Kassari_(Keina)_vallavalitsus, lk 68
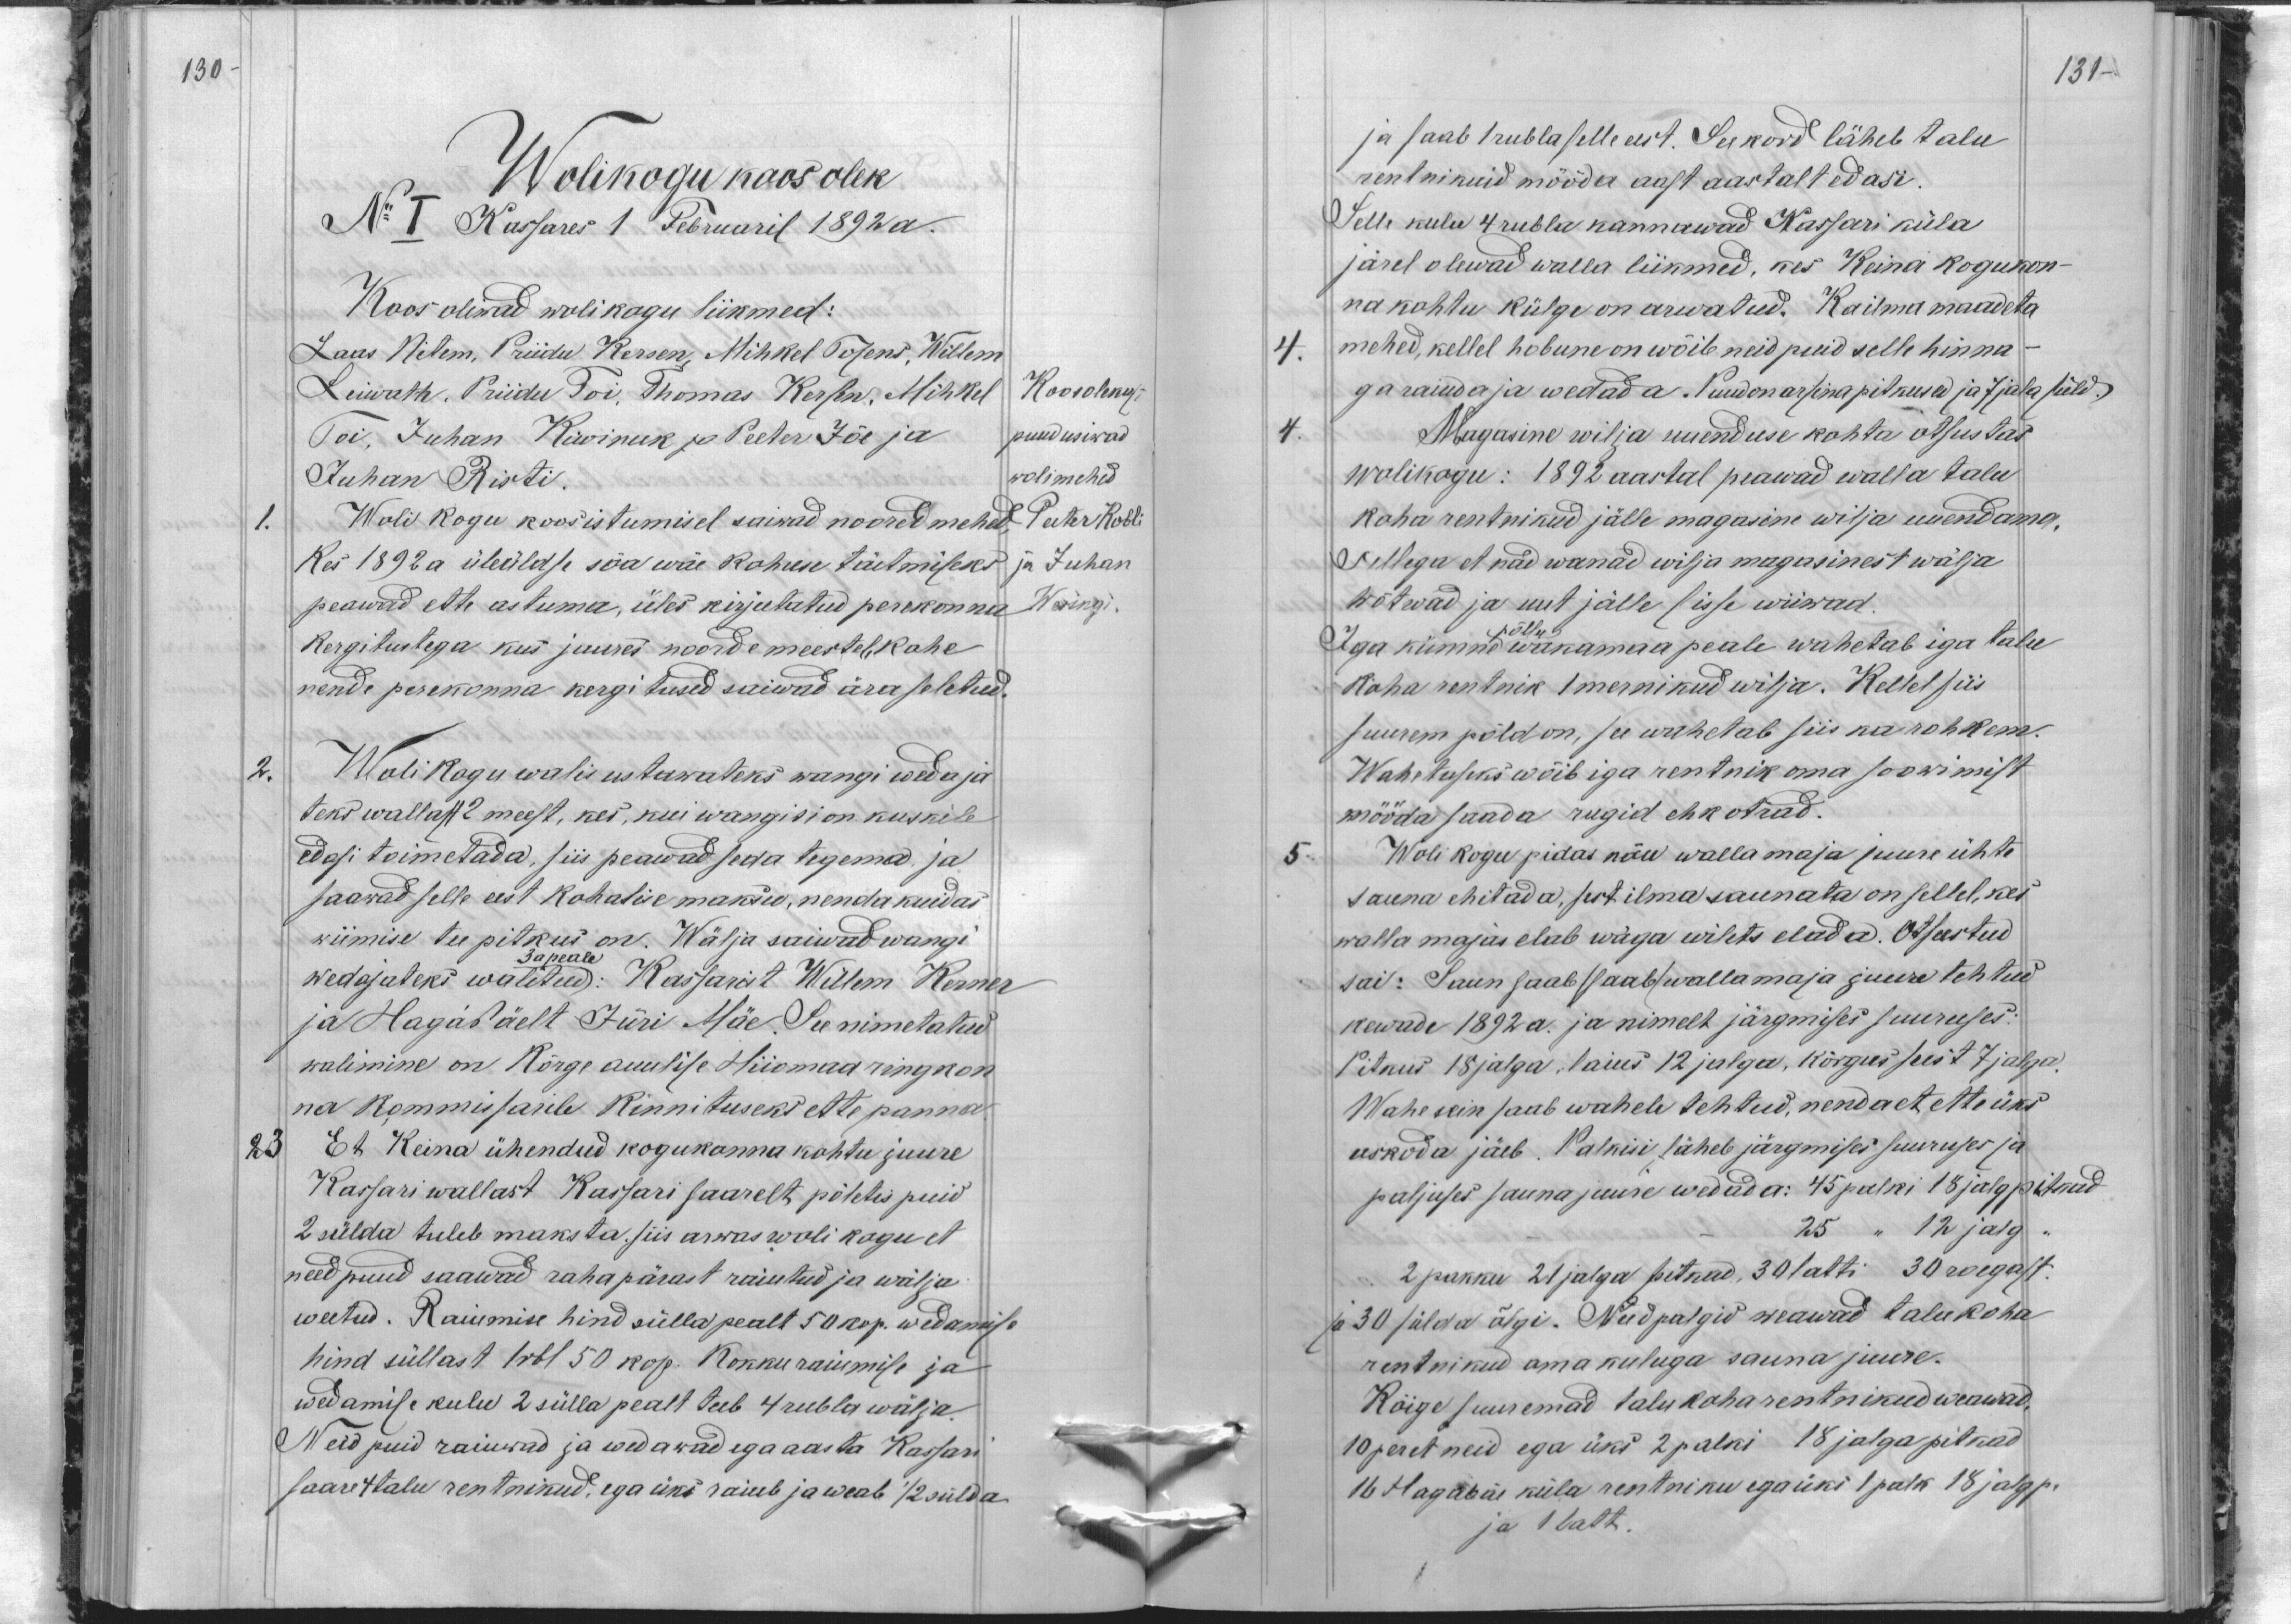
130
Wolikogu koosolek
No I Kassares 1 Februaril 1892 a.
Koos oliwad wolikogu liikmed:
Laas Nitem, Priidu Kersen, Mihkel Tosens, Willem
Leiwath, Priidu Toi, Thomas Kersen, Mihkel
Toi, Juhan Kiwinuk ja Peeter Jõe ja
Juhan Risti.
1.
Woli kogu koosistumisel saiwad noored mehed
kes 1892 a üleüldse sõa wäe kohuse täetmiseks
peawad ette astuma, üles kirjutatud perekonna
kergitustega kus juures noorde meestel kohe
nende perekonna kergitused saiwad ära seletud.
2.
Wolikogu walis ustawateks wangi wedaja
teks wallast 2 meest, kes, kui wangisi on kuskile
edasi toimetada, siis peawad seda tegema ja
saawad selle eest kohatise maksu, nenda kuidas
wiimise tee pitkus on. Wälja saiwad wangi
3 a peale
wedajateks walitud: Kassarist Willem Kerner
ja Hagabäelt Jüri Mäe. See nimetatud
walimine on Kõrge auulise Hiiomaa ringkon-
na kommissarile kinnituseks ette panna.
23
Et Keina ühendud kogukonna kohtu juure
Kassari wallast Kassari saarelt põletis puid
2 sülda tuleb maksta. siis arwas woli kogu et
need puud saawad raha pärast raiutud ja wälja
weetud. Raiumise hind sülla pealt 50 kop. wedamise
hind süllast 1 rbl 50 kop. Kokku raiumise ja
wedamise kulu 2 sülla pealt teeb 4 rubla wälja
Neid puid raiuwad ja wedawad ega aasta Kassari
saare 4 talu rentnikud, ega üks raiub ja weab 1/2 sülda

Koosoleku
puudusiwad
wolimehed
Peeter Kobli
ja Juhan
Wesingi.

131-
ja saab 1 rubla selle eest. Seekord läheb talu
rentnikuid mööda aast aastalt edasi.
Selle kulu 4 rubla kannawad Kassari küla
järel olewad walla liikmed, kes Keina kogukon-
na kohtu külge on arwatud. Ka ilma maadeta
4.
mehed, kellel hobune on wõib neid puid selle hinna-
ga raiuda ja wedada. Puud on arsina pitkused ja 7 jala süld.
4.
Magasine wilja uuenduse kohta otsustas
wolikogu: 1892 aastal peawad walla talu
koha rentnikud jälle magasine wilja uuendama.
Sellega et nad wanad wilja magasinest wälja
wõtwad ja uut jälle sisse wiiwad.
Iga kümne põllu wakamaa peale wahetab iga talu
koha rentnik 1 mernikud wilja. Kellel siis
suurem põld on, see wahetab siis ka rohkem.
Wahetuseks wõib iga rentnik oma soowimist
mööda saada rugid ehk otrad.
5.
Woli kogu pidas nõu walla maja juure ühte
sauna ehitada, sest ilma saunata on sellel, kes
walla majas elab wäga wilets elada. Otsustud
sai: Saun saab saab wallamaja juure tehtud
kewade 1892 a. ja nimelt järgmises suuruses:
Pitkus 18 jalga. Laius 12 julga, kõrgus seest 7 jalga.
Wahe sein saab wahele tehtud, nendelt ette üks
eeskoda jäeb. Palkisi läheb järgmises suuruses ja
paljuses sauna juure wedada: 45 palki 18 jalg pitkud
25 " 12 jalg.
2 pakku 21 jalga pitkad, 30 lätti 30 roegast.
ja 30 sülda õlgi. Need palgid weawad talukoha
rentnikud oma kuluga sauna juure.
Kõige suuremad talu koharentnikud weawad,
10 peret neid ega üks 2 palki 18 jalga pitkad
16 Hagabäe küla rentniku egaüks 1 palk 18 jalgp.
ja 1 latt.